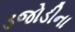
ડજોડીના